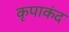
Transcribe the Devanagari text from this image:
कृपाकंद